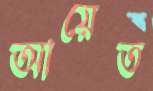
আয়েত